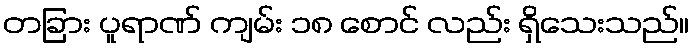
တခြား ပူရာဏ် ကျမ်း ၁၈ စောင် လည်း ရှိသေးသည်။